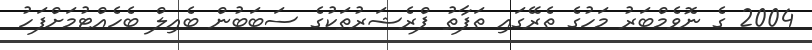
2004 ގެ ނޮވެމްބަރު މަހުގެ ތެރޭގައި ތަފާތު ޕްރެޝަރުތަކުގެ ސަބަބުން ބެއިލް ބެހެއްޓުމަށްފަހު